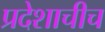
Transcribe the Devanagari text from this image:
प्रदेशाचीच